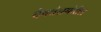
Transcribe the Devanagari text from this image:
देवतेसमोरील